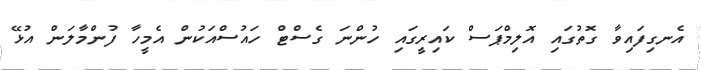
އެނގިފައިވާ ގޮތުގައި އޮލިމްޕަސް ކައިރީގައި ހުންނަ ގެސްޓް ހައުސްއަކުން އެމީހާ ފުންމާލަން އުޅޭ